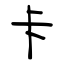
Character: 卡